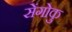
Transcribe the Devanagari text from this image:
सेंगोकु